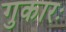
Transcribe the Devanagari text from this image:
गुकारः